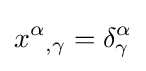
x^{\alpha }{}_{,\gamma }=\delta _{\gamma }^{\alpha }